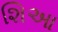
શિઆ